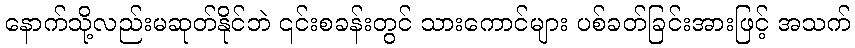
နောက်သို့လည်းမဆုတ်နိုင်ဘဲ ၎င်းစခန်းတွင် သားကောင်များ ပစ်ခတ်ခြင်းအားဖြင့် အသက်